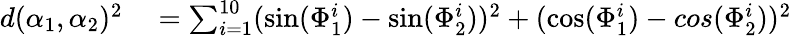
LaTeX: \begin{array}{rl}{d(\alpha_{1},\alpha_{2})^{2}}&{{}=\sum_{i=1}^{10}(\sin(\Phi_{1}^{i})-\sin(\Phi_{2}^{i}))^{2}+(\cos(\Phi_{1}^{i})-cos(\Phi_{2}^{i}))^{2}}\end{array}